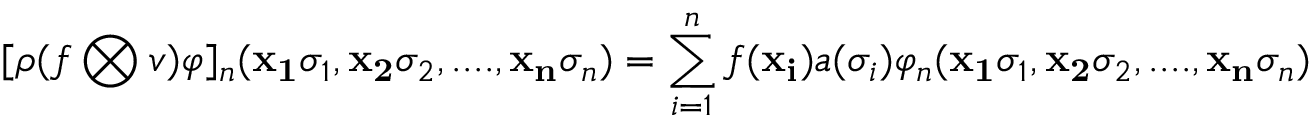
[ \rho ( f \bigotimes v ) \varphi ] _ { n } ( { \bf { x _ { 1 } } } \sigma _ { 1 } , { \bf { x _ { 2 } } } \sigma _ { 2 } , . . . . , { \bf { x _ { n } } } \sigma _ { n } ) = \sum _ { i = 1 } ^ { n } f ( { \bf { x _ { i } } } ) a ( \sigma _ { i } ) \varphi _ { n } ( { \bf { x _ { 1 } } } \sigma _ { 1 } , { \bf { x _ { 2 } } } \sigma _ { 2 } , . . . . , { \bf { x _ { n } } } \sigma _ { n } )